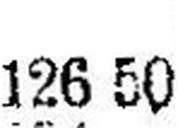
126 50